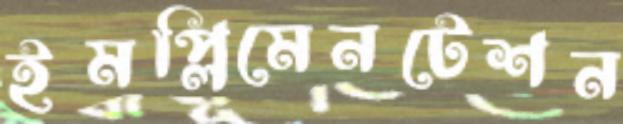
ইমপ্লিমেনটেশন